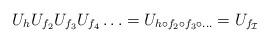
LaTeX: \begin{align*}U_h U_{f_2}U_{f_3} U_{f_4} \ldots=U_{h \circ f_2 \circ f_3 \circ \ldots}=U_{f_{\cal I}}\end{align*}